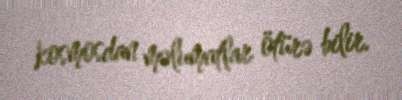
kosmosdan məlumatlar ötürə bilir.